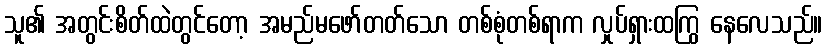
သူ၏ အတွင်းစိတ်ထဲတွင်တော့ အမည်မဖော်တတ်သော တစ်စုံတစ်ရာက လှုပ်ရှားထကြွ နေလေသည်။